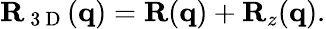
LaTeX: \mathbf{R}_{\mathrm{~3~D~}}(\mathbf{q})=\mathbf{R}(\mathbf{q})+\mathbf{R}_{z}(\mathbf{q}).